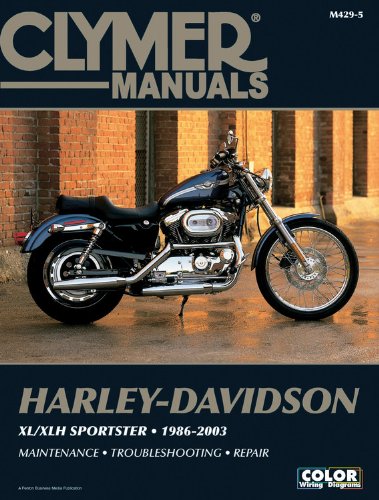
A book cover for Harley-Davidson XL/XLH Sportster 1986-2003 (Clymer Motorcycle Repair); Penton Staff; Engineering & Transportation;